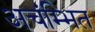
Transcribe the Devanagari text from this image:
अचंम्भित